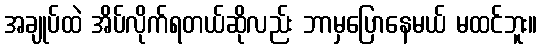
အချုပ်ထဲ အိပ်လိုက်ရတယ်ဆိုလည်း ဘာမှပြောနေမယ် မထင်ဘူး။